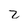
Character: Z